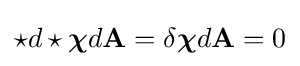
\star d\star {\boldsymbol {\chi }}d\mathbf {A} =\delta {\boldsymbol {\chi }}d\mathbf {A} =0